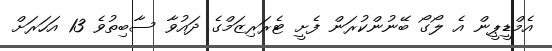
އެމްޑީޕީން އެ ލޯގޯ ބޭނުންކުރަން ފެށީ ޓެރަރިޒަމްގެ ދައުވާ ސާބިތުވެ 13 އަހަރަށް